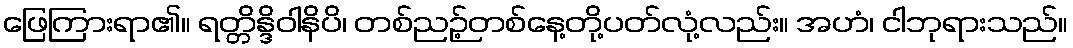
ဖြေကြားရာ၏။ ရတ္တိန္ဒိဝါနိပိ၊ တစ်ညဉ့်တစ်နေ့တို့ပတ်လုံ့လည်း။ အဟံ၊ ငါဘုရားသည်။